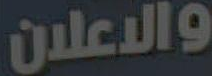
والاعلان